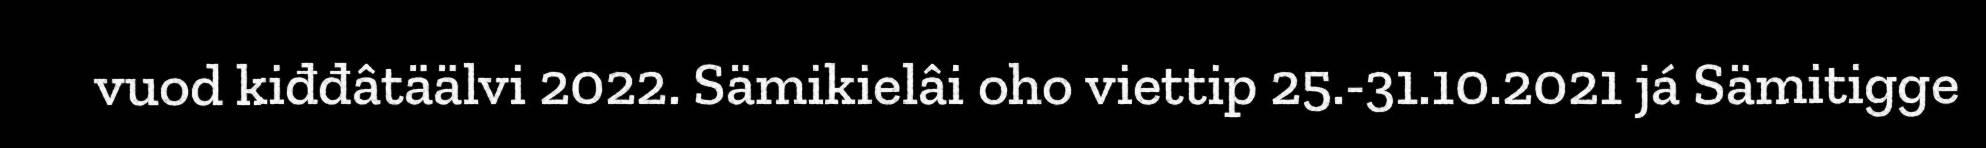
vuod kiđđâtäälvi 2022. Sämikielâi oho viettip 25.-31.10.2021 já Sämitigge